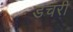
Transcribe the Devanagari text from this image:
डचरी